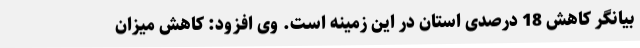
بیانگر کاهش 18 درصدی استان در این زمینه است. وی افزود: کاهش میزان